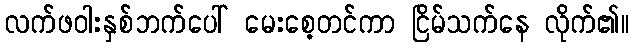
လက်ဖဝါးနှစ်ဘက်ပေါ် မေးစေ့တင်ကာ ငြိမ်သက်နေ လိုက်၏။